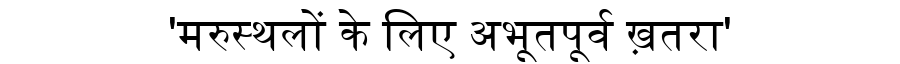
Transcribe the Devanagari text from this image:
'मरुस्थलों के लिए अभूतपूर्व ख़तरा'